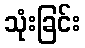
သုံးခြင်း